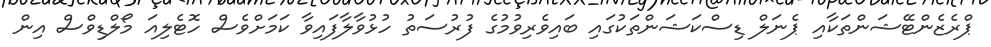
ޕްރެޒެންޓޭޝަންތަކާއި ޕެނަލް ޑިސްކަޝަންތަކުގައި ބައިވެރިވުމުގެ ފުރުސަތު ހުޅުވާލާފައިވާ ކަމަށްވެސް ހޮޓެލިއަ މޯލްޑިވްސް އިން